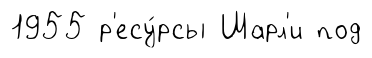
1955 р'есу́рсы Шарл'и под